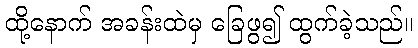
ထို့နောက် အခန်းထဲမှ ခြေဖွ၍ ထွက်ခဲ့သည်။